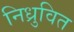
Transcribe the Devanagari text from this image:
निध्रुवित